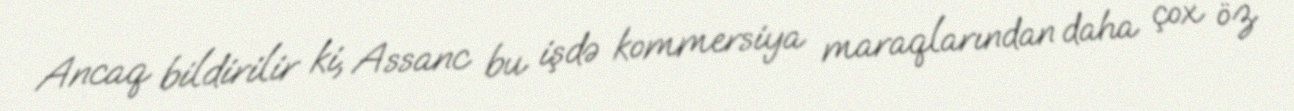
Ancaq bildirilir ki, Assanc bu işdə kommersiya maraqlarından daha çox öz